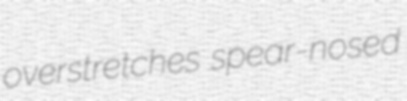
overstretches spear-nosed